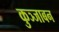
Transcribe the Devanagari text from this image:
कुञ्जाबन